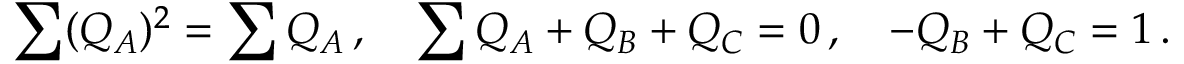
\sum ( Q _ { A } ) ^ { 2 } = \sum Q _ { A } \, , \quad \sum Q _ { A } + Q _ { B } + Q _ { C } = 0 \, , \quad - Q _ { B } + Q _ { C } = 1 \, .